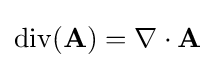
\operatorname {div} (\mathbf {A} )=\nabla \cdot \mathbf {A}